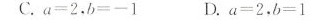
C .a=2，B=-1 D. a=2，B=1